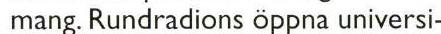
mang. Rundradions öppna universi-